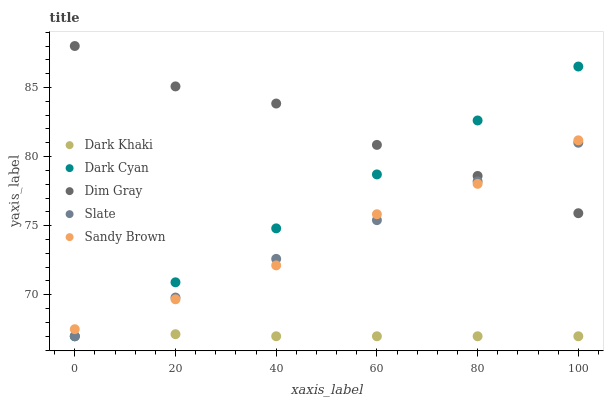
| xaxis_label | Dark Khaki | Dark Cyan | Dim Gray | Slate | Sandy Brown |
 | --- | --- | --- | --- | --- | --- |
 | 0 | 67 | 67 | 88 | 67 | 67.5 |
 | 20 | 67.1 | 70.9 | 85.1 | 69.8 | 69.7 |
 | 40 | 67 | 74.8 | 83.8 | 72.6 | 72.1 |
 | 60 | 67 | 78.7 | 80.8 | 75.4 | 75.8 |
 | 80 | 67 | 82.6 | 78.6 | 78.2 | 78 |
 | 100 | 67 | 86.5 | 75.9 | 81 | 81.2 |